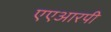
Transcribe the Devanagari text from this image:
एएआरपी